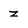
Character: z